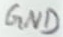
Text: GND